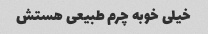
خیلی خوبه چرم طبیعی هستش